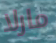
مارلا